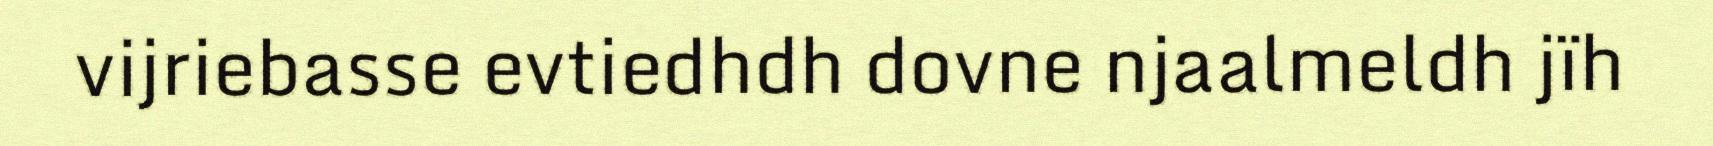
vijriebasse evtiedhdh dovne njaalmeldh jïh